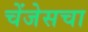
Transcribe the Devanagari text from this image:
चेंजेसचा